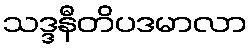
သဒ္ဒနီတိပဒမာလာ